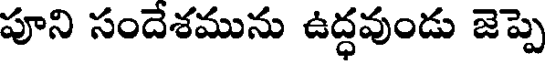
పూని సందేశమును ఉద్ధవుండు జెప్పె